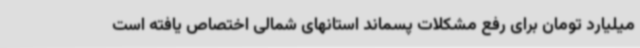
میلیارد تومان برای رفع مشکلات پسماند استانهای شمالی اختصاص یافته است